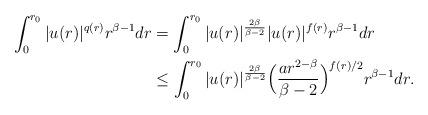
LaTeX: \begin{align*}\int_{0}^{r_0} |u(r)|^{q(r)}r^{\beta-1} dr &= \int_0^{r_0} |u(r)|^{\frac{2\beta}{\beta-2}}|u(r)|^{f(r)}r^{\beta -1} dr\\&\leq \int_0^{r_0} |u(r)|^{\frac{2\beta}{\beta-2}} \Big( \frac{a r^{2-\beta}}{\beta -2} \Big) ^{f(r)/2 } r^{\beta-1} dr.\end{align*}